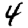
Digit: 4